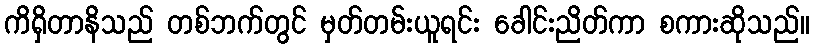
ကိရှိတာနိသည် တစ်ဘက်တွင် မှတ်တမ်းယူရင်း ခေါင်းညိတ်ကာ စကားဆိုသည်။